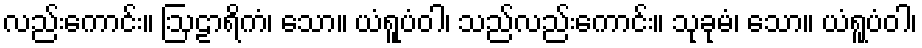
လည်းကောင်း။ ဩဠာရိကံ၊ သော။ ယံရူပံဝါ၊ သည်လည်းကောင်း။ သုခုမံ၊ သော။ ယံရူပံဝါ၊